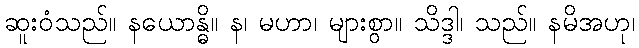
ဆူးဝံသည်။ နယောန္ဓိ။ န၊ မဟာ၊ များစွာ။ သိဒ္ဒါ၊ သည်။ နမိအဟု၊